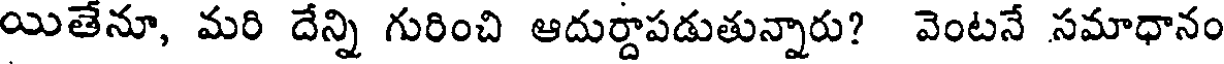
యితేనూ, మరి దేన్ని గురించి ఆదుర్దాపడుతున్నారు? వెంటనే సమాధానం